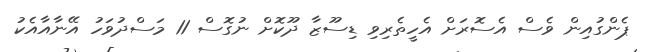
ޕެންގުއިން ވެސް އެސޮރަށް އެހީތެރިވި ޑިސޫޒާ ދޫކޮށް ނުގޮސް 11 މަސްދުވަހު އޭނާއާއެކު